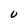
Character: 0